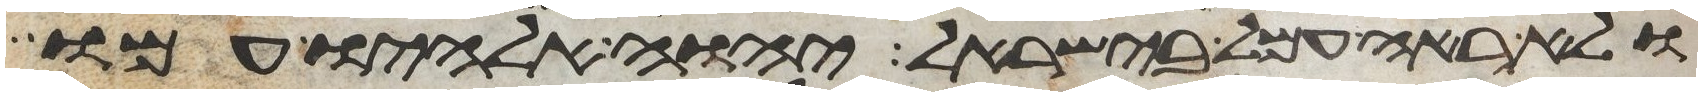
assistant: ולא ראה עמל בישראל יהוה אלהיו עמו